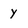
Character: Y